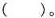
( )。